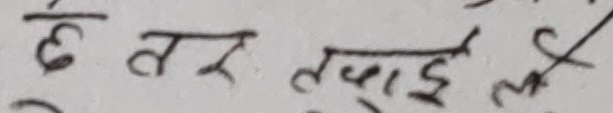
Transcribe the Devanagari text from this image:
छ तर तपाईँ ल